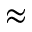
\approx